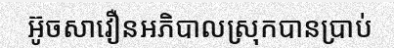
អ៊ូចសាវឿនអភិបាលស្រុកបានប្រាប់